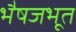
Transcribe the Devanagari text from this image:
भैषजभूत